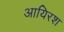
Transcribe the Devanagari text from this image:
आयिरश